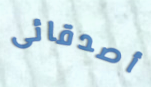
أصدقائى